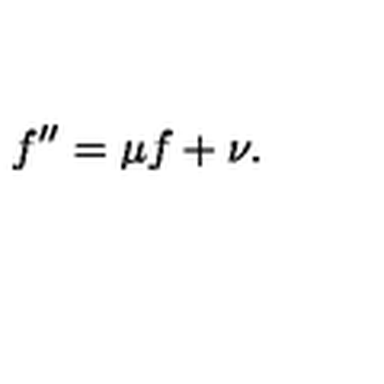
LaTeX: f ^ { \prime \prime } = \mu f + \nu .